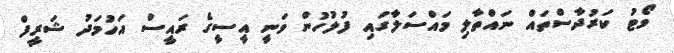
ވޯޓު ކަރުދާސްތައް ނައްތާލި މައްސަލާގައި ފުލުހުން ވަނީ އީސީގެ ރައީސް އަހުމަދު ޝަރީފް